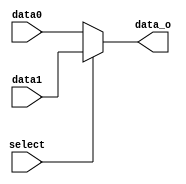
module MUX5b(
	input [4:0]data0,
	input [4:0]data1,
	input select,
	output [4:0]data_o);

assign data_o=select?data1:data0;

endmodule